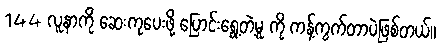
144 လူနာကို ဆေးကုပေးဖို့ ပြောင်းရွေ့တဲ့မူ ကို ကန့်ကွက်တာပဲဖြစ်တယ်။